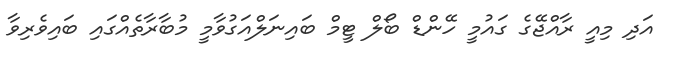
އަދި މިއީ ރާއްޖޭގެ ގައުމީ ހޭންޑް ބޯލް ޓީމް ބައިނަލްއަގުވާމީ މުބާރާތެއްގައި ބައިވެރިވާ